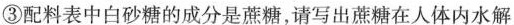
③配料表中白砂糖的成分是蔗糖，请写出蔗糖在人体内水解